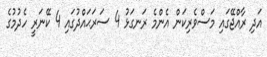
އަދި ރާއްޖޭގައި މަސްވެރިކަން އެންމެ ރަނގަޅު 4 ސަރަޙައްދުގައި 4 ކޭނަރީ ހެދުމުގެ